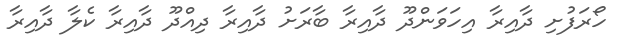
ހޯރަފުށި ދާއިރާ އިހަވަންދޫ ދާއިރާ ބާރަށު ދާއިރާ ދިއްދޫ ދާއިރާ ކެލާ ދާއިރާ